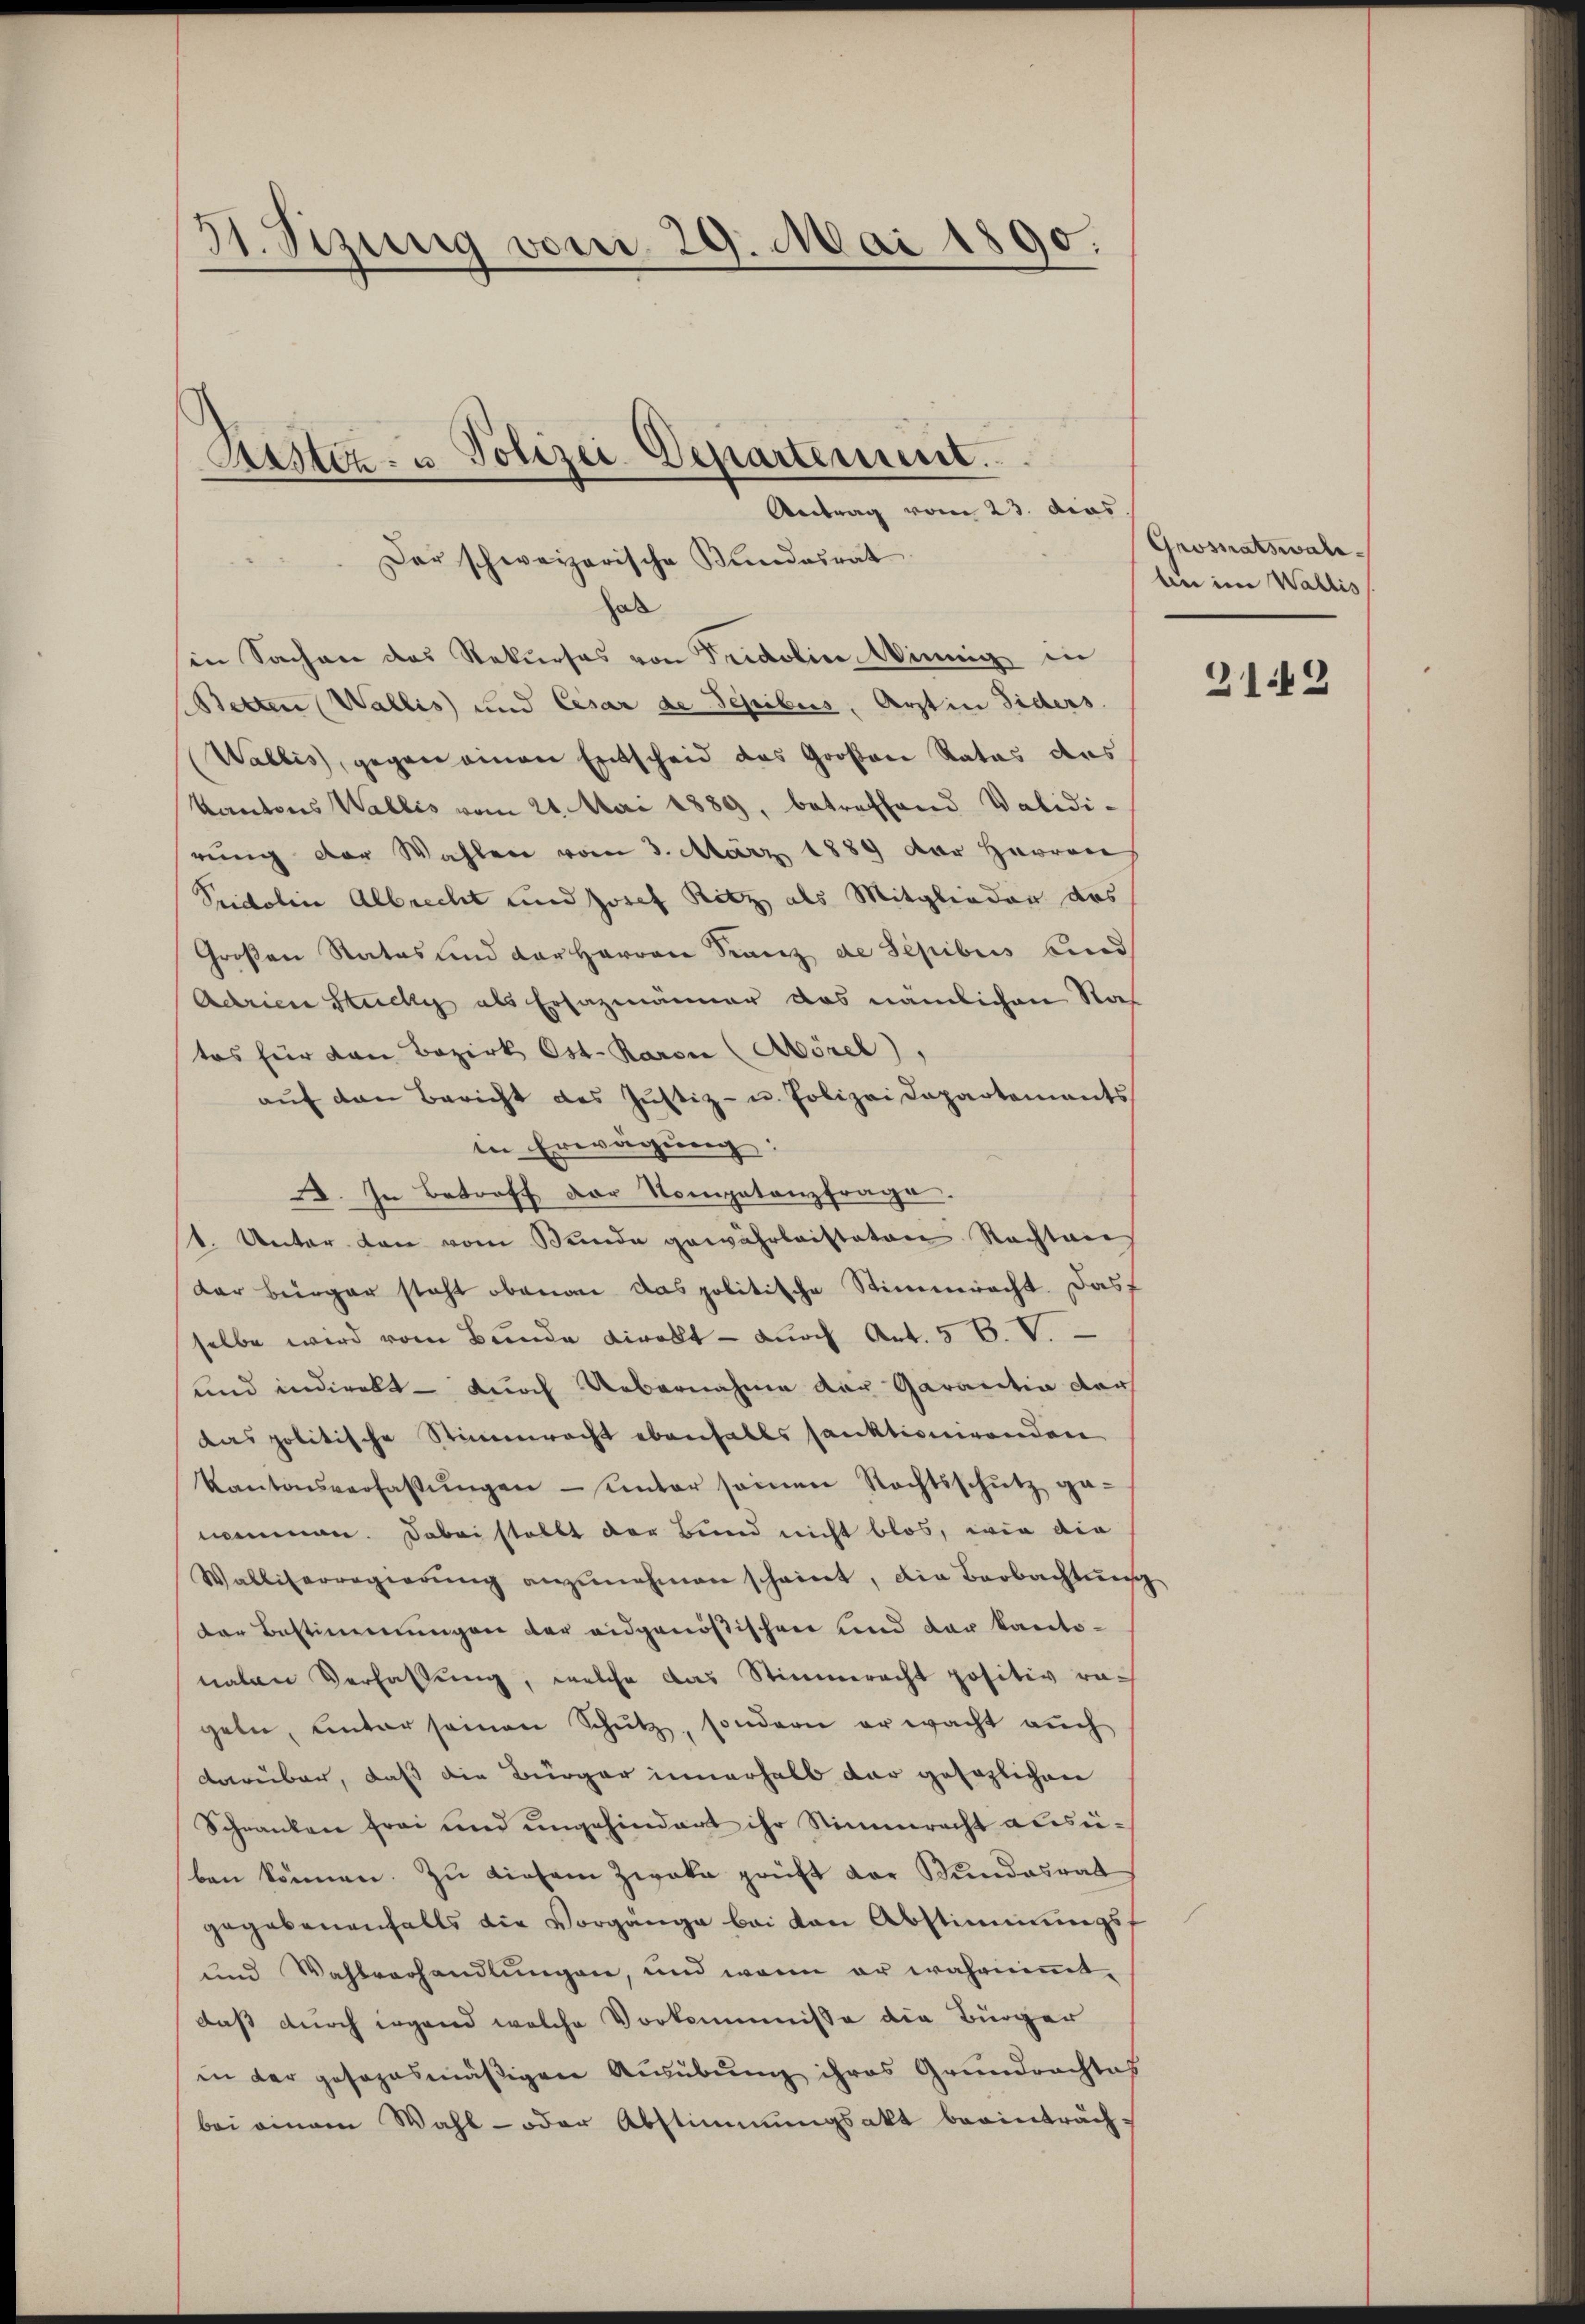
31. Sizung vom 29. Mai 1890.

Rustiz- u Polizei-Departement.

Der schweizerische Kindesrat
hal
in Sachen des Rekurses von Fridolin Winnig in
Betten Wallis und Cesar de Sepibus, Arzt in Fiders
Wallis, gegen einen Entscheid das Großen Rates des
Kantons Wallis vom 21. Mai 1889, betreffend Validi-
rung der Wahlen vom 3. März 1889 der Herren
Suidoline Albrecht und Josef Ritz als Mitglieder das
Großen Rates und der Herren Franz de Sepibus Gnad
Adrien Stucki als Ersazmänner das nämlichen Ras
tes für von Bezirk Ost. Raron (Mörel),
aŭf den Bericht des Jŭstiz- u. Polizei Dapartements
in Erwägung:
. In Betroff der Kompetenzfrage.
st. Unter den vom Bunde gewährleistaten Nachten
dar Bürger steht oben das politische Stimmracht. Das
selbe wird vom Bunde direkt - durch Art. 5 B. V.
und indirekt — durch Uebernahme der Garantia der
das politische Stimmrecht ebenfalls sanktionirenden
Kantonsverfassŭngen unter seinen Rechtsschŭtz ge-
nommen. Dabei stellt der Bund nicht blos, wie die
Walliserregierŭng anzŭnehmen scheint, die Beobachtŭng
der Bestimmungen der eidgenößischen und der kantonaten Verfassung, welche das Stimmeracht positiv rach
geln, unter seinen Schutz, sondern er wacht auch
darüber, daß die Bürger innerhalb der gesezlichen
Schranken frei und ungehindert ihr Stimmrecht ausben können. Zu diesem Zweke prüft der Bundesrat
gegebenenfalls die Vorgange bei von Abstimmungs¬
und Wahlverhandlungen, und wenn er wahrnimmt-
daß durch irgend welche Vorkommnisse die Bürger
in der gesezesmäßigen Ausübung ihres Grundrachtes
bei einem Wahl- oder Abstimmungsakt beeinträch-

Antrag vom 23. das

Grosnatswald.
An in Wallis
2142